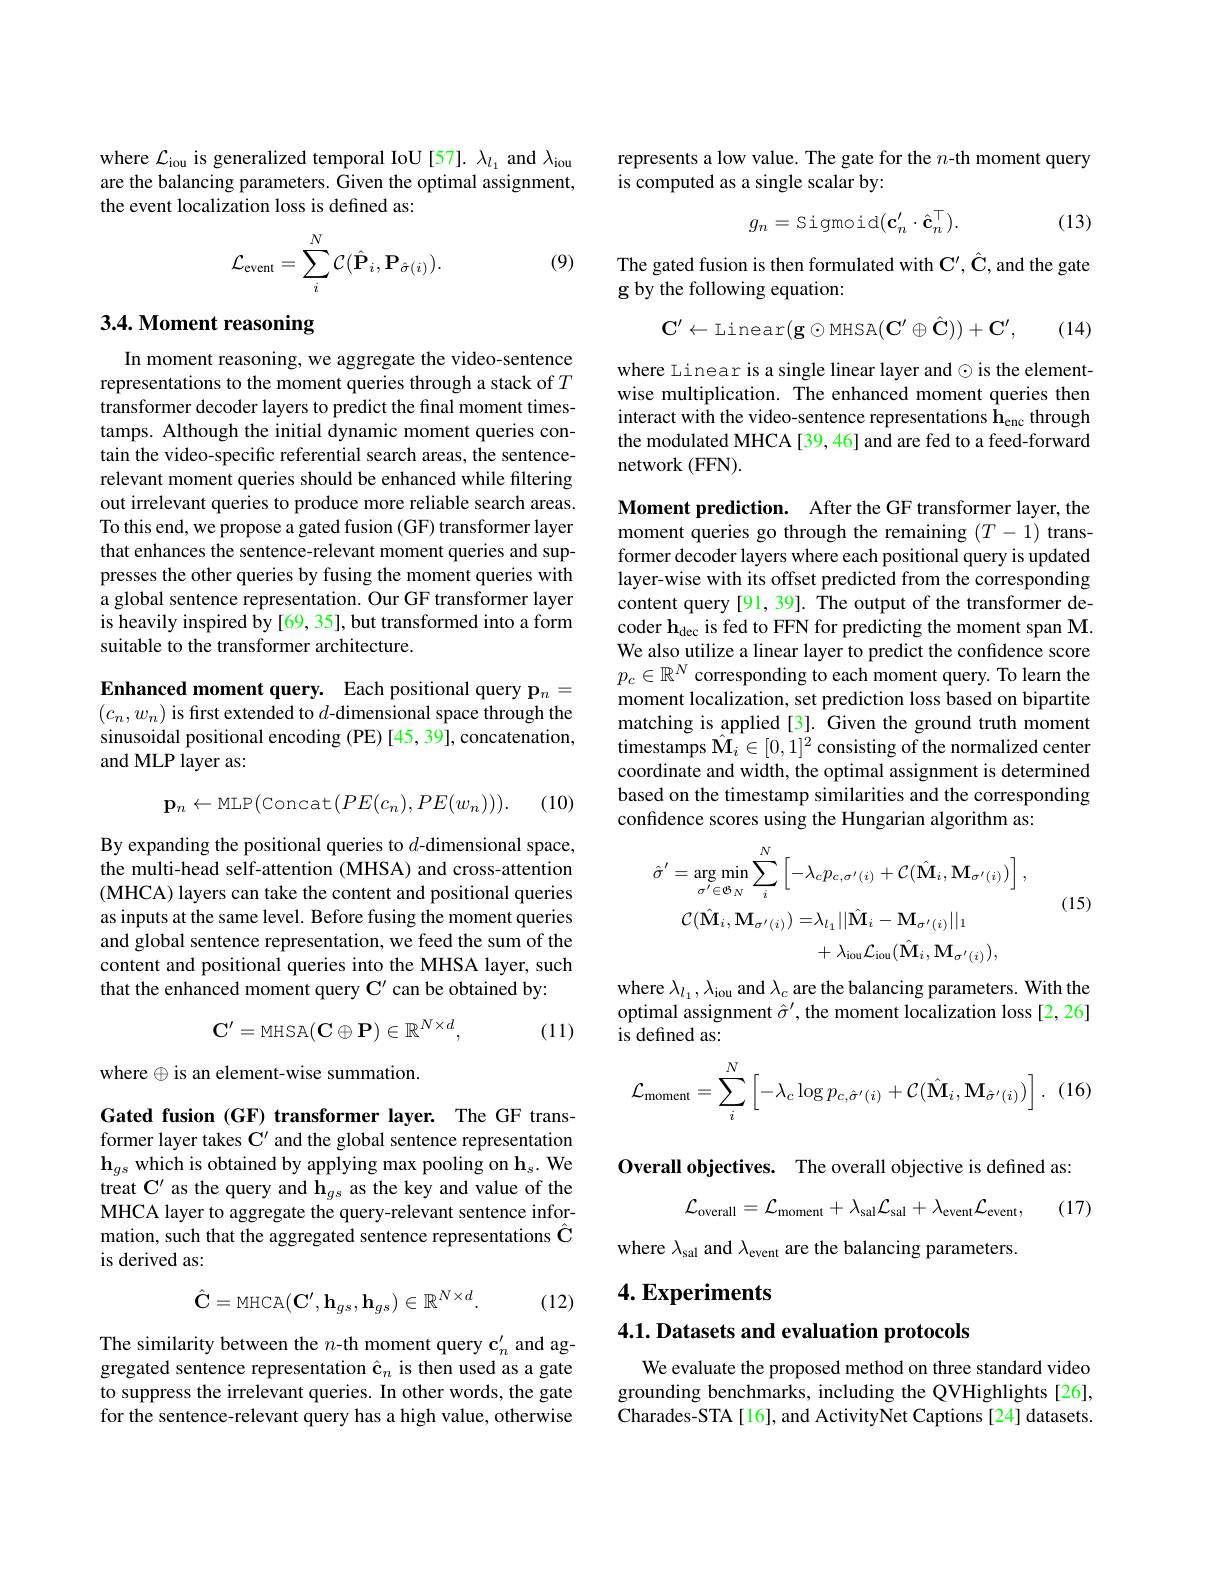
where $\mathcal{L}_\mathrm{iou}$ is generalized temporal IoU [57]. $\lambda_l_1$ and $\lambda_\mathrm{iou}$ are the balancing parameters. Given the optimal assignment, the event localization loss is defined as:
$$\mathcal{L}_{\mathrm{event}}=\sum_{i}^{N}\mathcal{C}(\hat{\mathbf{P}}_{i},\mathbf{P}_{\hat{\sigma}(i)}).$$
(9)

## 3.4. Moment reasoning

In moment reasoning, we aggregate the video-sentence representations to the moment queries through a stack of $T$ transformer decoder layers to predict the final moment timestamps. Although the initial dynamic moment queries contain the video-specific referential search areas, the sentencerelevant moment queries should be enhanced while filtering out irrelevant queries to produce more reliable search areas. To this end, we propose a gated fusion (GF) transformer layer that enhances the sentence-relevant moment queries and suppresses the other queries by fusing the moment queries with a global sentence representation. Our GF transformer layer is heavily inspired by [69, 35], but transformed into a form suitable to the transformer architecture.

Enhanced moment query. Each positional query p$_n=$ $(c_n,w_n)$ is first extended to $d$-dimensional space through the sinusoidal positional encoding (PE)[45, 39], concatenation, and MLP layer as:

(10)
$$\mathbf{p}_{n}\leftarrow\mathrm{MLP}(\mathrm{Concat}(PE(c_{n}),PE(w_{n}))).$$
By expanding the positional queries to $d$-dimensional space, the multi-head self-attention (MHSA) and cross-attention (MHCA) layers can take the content and positional queries as inputs at the same level. Before fusing the moment queries and global sentence representation, we feed the sum of the content and positional queries into the MHSA layer, such that the enhanced moment query C' can be obtained by:

(11)
$$\mathbf{C}^{\prime}=\mathrm{MHSA}(\mathbf{C}\oplus\mathbf{P})\in\mathbb{R}^{N\times d},$$
where $\oplus$ is an element-wise summation.

Gated fusion (GF) transformer layer. The GF transformer layer takes C' and the global sentence representation $\mathbf{h}_{gs}$ which is obtained by applying max pooling on $\mathbf{h}_s.$ We treat C' as the query and $\mathbf{h}_g_s$ as the key and value of the MHCA layer to aggregate the query-relevant sentence information, such that the aggregated sentence representations $\hat{\mathbf{C}}$ is derived as:

(12)
$$\hat{\mathbf{C}}=\mathrm{MHCA}(\mathbf{C}^{\prime},\mathbf{h}_{gs},\mathbf{h}_{gs})\in\mathbb{R}^{N\times d}.$$
The similarity between the $n$-th moment query c$_n^{\prime}$ and aggregated sentence representation $\hat{\mathbf{c}}_n$ is then used as a gate to suppress the irrelevant queries. In other words, the gate for the sentence-relevant query has a high value, otherwise

represents a low value. The gate for the $n$-th moment query
is computed as a single scalar by:

(13)
$$g_n=\text{Sigmoid}(\mathbf{c}_n^{\prime}\cdot\hat{\mathbf{c}}_n^{\top}).$$
The gated fusion is then formulated with $\mathbf{C}^{\prime},\hat{\mathbf{C}}$, and the gate
g by the following equation:
$$\mathrm{C}^{\prime}\leftarrow\mathrm{Linear}(\mathbf{g}\odot\mathrm{MHSA}(\mathbf{C}^{\prime}\oplus\hat{\mathbf{C}}))+\mathbf{C}^{\prime},$$
(14)

where Linear is a single linear layer and $\odot$ is the elementwise multiplication. The enhanced moment queries then interact with the video-sentence representations henc through the modulated MHCA [39, 46] and are fed to a feed-forward network (FFN).

Moment prediction. After the GF transformer layer, the moment queries go through the remaining $(T-1)$ transformer decoder layers where each positional query is updated layer-wise with its offset predicted from the corresponding content query [91, 39]. The output of the transformer decoder h$_\mathrm{dec}$ is fed to FFN for predicting the moment span M. We also utilize a linear layer to predict the confidence score $p_c\in\mathbb{R}^N$ corresponding to each moment query. To learn the moment localization, set prediction loss based on bipartite matching is applied[3]. Given the ground truth moment timestamps $\hat{\mathbf{M}}_i\in[0,1]^2$ consisting of the normalized center coordinate and width, the optimal assignment is determined based on the timestamp similarities and the corresponding confidence scores using the Hungarian algorithm as:
$$\hat{\sigma}^{\prime}=\arg\min_{\sigma^{\prime}\in\Phi_{N}}\sum_{i}^{N}\left[-\lambda_{c}p_{c,\sigma^{\prime}(i)}+\mathcal{C}(\hat{\mathbf{M}}_{i},\mathbf{M}_{\sigma^{\prime}(i)})\right],\\\mathcal{C}(\hat{\mathbf{M}}_{i},\mathbf{M}_{\sigma^{\prime}(i)})=\lambda_{l_{1}}||\hat{\mathbf{M}}_{i}-\mathbf{M}_{\sigma^{\prime}(i)}||_{1}\\+\lambda_{\mathrm{iou}}\mathcal{L}_{\mathrm{iou}}(\hat{\mathbf{M}}_{i},\mathbf{M}_{\sigma^{\prime}(i)}),$$
(15)

where $\lambda_l_1,\lambda_{\mathrm{iou}}$ and $\lambda_c$ are the balancing parameters. With the optimal assignment $\hat{\sigma}^{\prime}$, the moment localization loss [2,26] is defined as
$$\mathcal{L}_{\mathrm{moment}}=\sum_{i}^{N}\begin{bmatrix}-\lambda_{c}\log p_{c,\hat{\sigma}'(i)}+\mathcal{C}(\hat{\mathbf{M}}_{i},\mathbf{M}_{\hat{\sigma}'(i)})\end{bmatrix}.$$
(16

Overall objectives. The overall objective is defined as:

(17)
$$\mathcal{L}_{\mathrm{overall}}=\mathcal{L}_{\mathrm{moment}}+\lambda_{\mathrm{sal}}\mathcal{L}_{\mathrm{sal}}+\lambda_{\mathrm{event}}\mathcal{L}_{\mathrm{event}},$$
where $\lambda_\mathrm{sal}$ and $\lambda_\mathrm{event}$ are the balancing parameters.

## $4. \textbf{Experiments}$

$4. 1. \textbf{Datasets and evaluation protocols}$

We evaluate the proposed method on three standard video grounding benchmarks, including the QVHighlights [26], Charades-STA[16], and ActivityNet Captions[24] datasets.